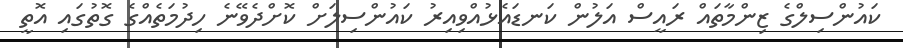
ކައުންސިލްގެ ޒިންމާތައް ރައީސް އަލުން ކަނޑައެޅުއްވިއިރު ކައުންސިލަށް ކޮށްދެވޭނެ ހިދުމަތެއްގެ ގޮތުގައި އޮތީ